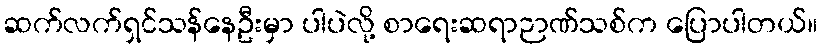
ဆက်လက်ရှင်သန်နေဦးမှာ ပါပဲလို့ စာရေးဆရာဉာဏ်သစ်က ပြောပါတယ်။